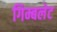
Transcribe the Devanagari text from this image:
गिम्बलेट